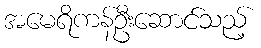
အမေရိကန်ဦးဆောင်သည့်